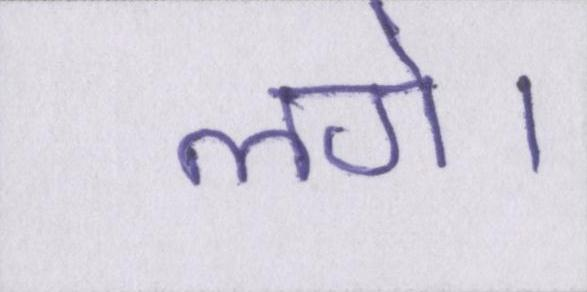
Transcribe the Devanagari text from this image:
लगे।